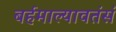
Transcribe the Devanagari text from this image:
बर्हमाल्यावतंसं